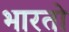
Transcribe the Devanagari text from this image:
भारताे